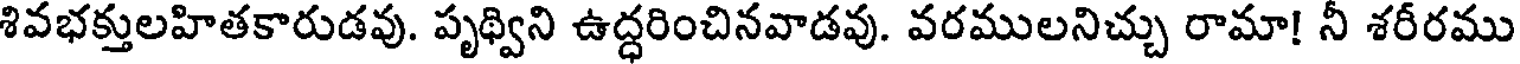
శివభక్తులహితకారుడవు. పృథ్విని ఉద్ధరించినవాడవు. వరములనిచ్చు రామా! నీ శరీరము